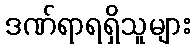
ဒဏ်ရာရရှိသူများ